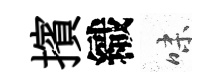
擯織味